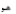
هو